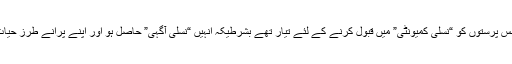
بیشتر حالات میں نازی سابق ہم جنس پرستوں کو “نسلی کمیونٹی” میں قبول کرنے کے لئے تیار تھے بشرطیکہ انہیں “نسلی آگہی” حاصل ہو اور اپنے پرانے طرز حیات کو ہمیشہ کے لئے ترک کر دیں۔